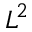
L ^ { 2 }